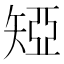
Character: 𥏝